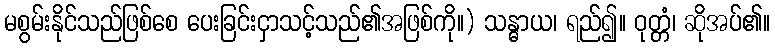
မစွမ်းနိုင်သည်ဖြစ်စေ ပေးခြင်းငှာသင့်သည်၏အဖြစ်ကို။) သန္ဓာယ၊ ရည်၍။ ဝုတ္တံ၊ ဆိုအပ်၏။